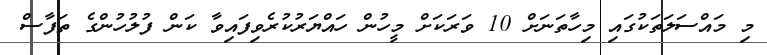
މި މައްސަލަތަކުގައި މިހާތަނަށް 10 ވަރަކަށް މީހުން ހައްޔަރުކުރެވިފައިވާ ކަން ފުލުހުންގެ ތަފާސް